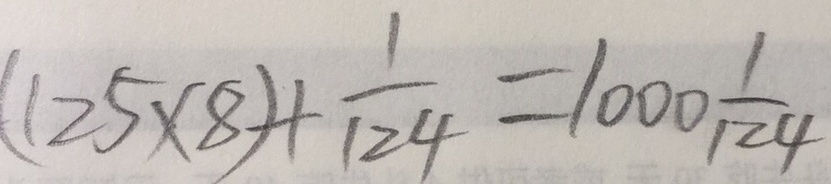
( 1 2 5 \times 8 ) + \frac { 1 } { 1 2 4 } = 1 0 0 0 \frac { 1 } { 1 2 4 }